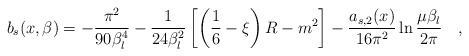
\begin{align*}b_s(x,\beta)=-{\pi^2 \over 90\beta_l^4}-{1 \over 24 \beta_l^2}\left[\left(\frac 16-\xi\right)R-m^2\right]-{a_{s,2}(x) \over 16\pi^2}\ln {\mu\beta_l \over 2\pi}~~~,\end{align*}